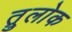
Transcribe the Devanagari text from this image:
त्रुलोक